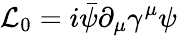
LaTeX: {\cal L}_{0}=i\bar{\psi}\partial_{\mu}\gamma^{\mu}\psi